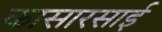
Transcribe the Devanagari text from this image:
कासारसाई